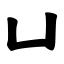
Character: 凵